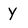
Character: Y